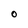
Character: O